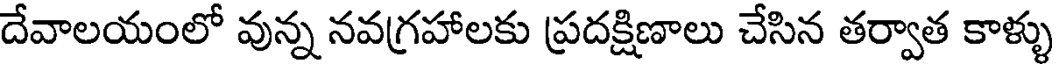
దేవాలయంలో వున్న నవగ్రహాలకు ప్రదక్షిణాలు చేసిన తర్వాత కాళ్ళు